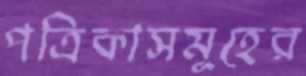
পত্রিকাসমূহের